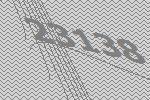
23138